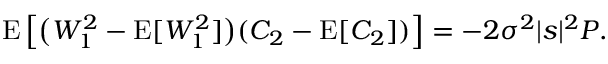
\begin{array} { r } { \operatorname { E } \left[ \bigl ( W _ { 1 } ^ { 2 } - \operatorname { E } [ W _ { 1 } ^ { 2 } ] \bigr ) ( C _ { 2 } - \operatorname { E } [ C _ { 2 } ] ) \right] = - 2 \sigma ^ { 2 } | s | ^ { 2 } P . } \end{array}